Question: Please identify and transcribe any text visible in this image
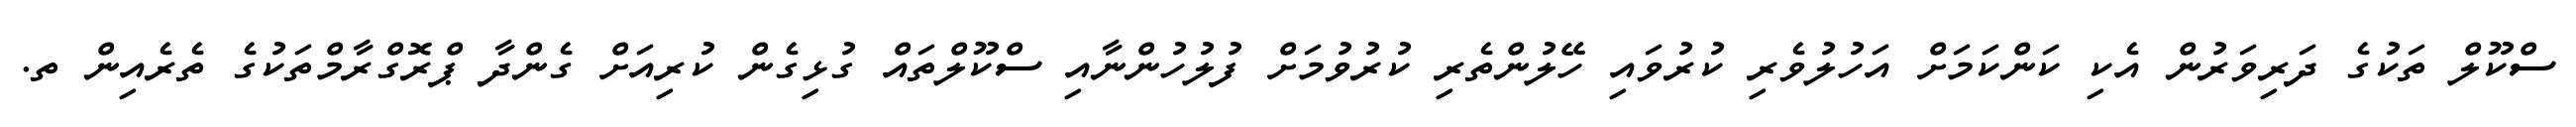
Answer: ސްކޫލް ތަކުގެ ދަރިވަރުން އެކި ކަންކަމަށް އަހުލުވެރި ކުރުވައި ހޭލުންތެރި ކުރުވުމަށް ފުލުހުންނާއި ސްކޫލްތައް ގުޅިގެން ކުރިއަށް ގެންދާ ޕްރޮގްރާމްތަކުގެ ތެރެއިން ތ.